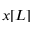
x [ L ]